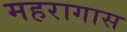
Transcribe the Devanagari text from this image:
महरागास